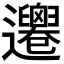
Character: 𨙙